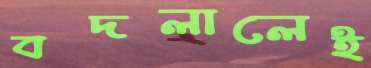
বদলালেই